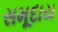
સમૂદાય